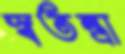
স্বতন্ত্রা